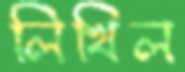
লিখিল